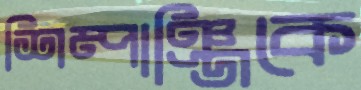
শিম্পাঞ্জিকে